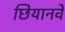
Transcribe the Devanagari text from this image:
छियानवे